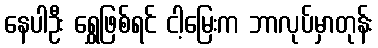
နေပါဦး ရွှေဖြစ်ရင် ငါ့မြေးက ဘာလုပ်မှာတုန်း